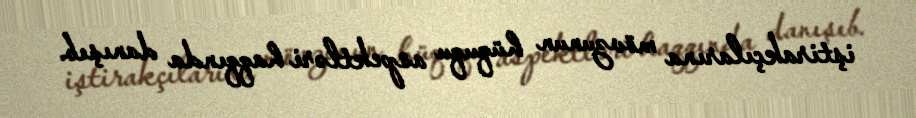
iştirakçılarına mövzunun hüququ aspektləri haqqında danışıb.